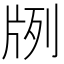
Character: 𤖺